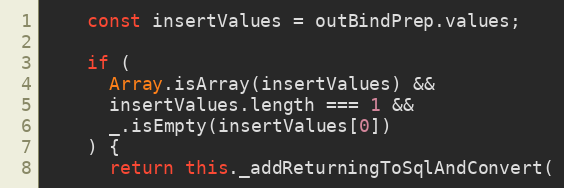
Language: JavaScript
    const insertValues = outBindPrep.values;

    if (
      Array.isArray(insertValues) &&
      insertValues.length === 1 &&
      _.isEmpty(insertValues[0])
    ) {
      return this._addReturningToSqlAndConvert(